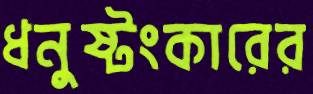
ধনুষ্টংকারের